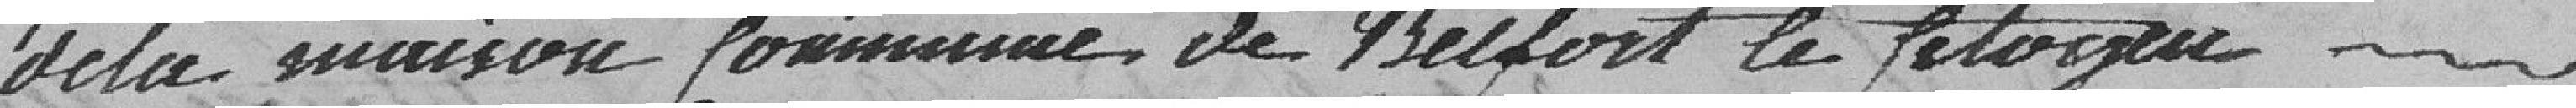
de la maison commune de Belfort le citoyen